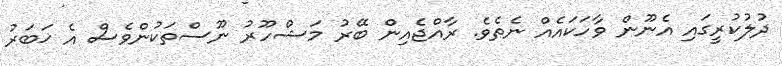
ދުލުކުރީގައި އެނޫން ވާހަކައެއް ނެތެވެ. ރާއްޖެއިން ބޭރު މަޝްހޫރު ނޫސްތަކުންވެސް އެ ޚަބަރު